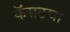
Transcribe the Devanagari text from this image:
कॅसटचा